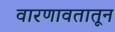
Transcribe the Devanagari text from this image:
वारणावतातून